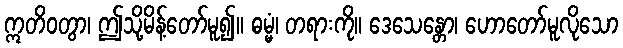
ဣတိဝတွာ၊ ဤသို့မိန့်တော်မူ၍။ ဓမ္မံ၊ တရားကို။ ဒေသေန္တော၊ ဟောတော်မူလိုသော